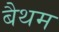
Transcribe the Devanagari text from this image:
बैथम